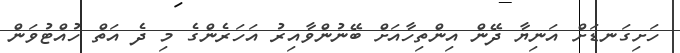
ހަށިގަނޑަށް އަނިޔާ ދޭން އިންތިހާއަށް ބޭނުންވާއިރު އަހަރެންގެ މި ދެ އަތް ހުއްޓުވަން